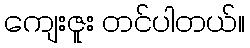
ကျေးဇူး တင်ပါတယ်။